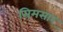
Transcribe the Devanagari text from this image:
सिमसार